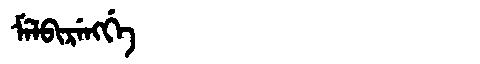
Manchu: ᠮᡝᠯᠪᡳᡵᡝᠩᡤᡝ
Romanization: MELBIRENGGE